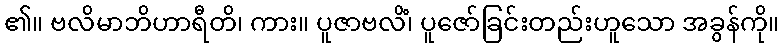
၏။ ဗလိမာဘိဟာရီတိ၊ ကား။ ပူဇာဗလိံ၊ ပူဇော်ခြင်းတည်းဟူသော အခွန်ကို။